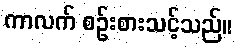
ကာလက် စဉ်းစားသင့်သည်။